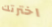
اخترتك